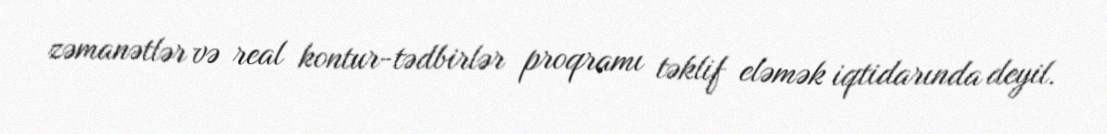
zəmanətlər və real kontur-tədbirlər proqramı təklif eləmək iqtidarında deyil.